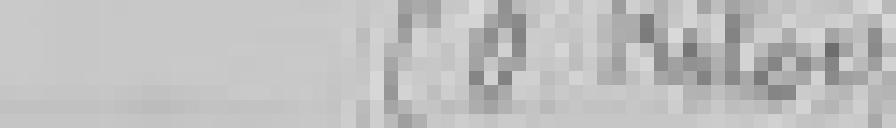
50 kilogrammes